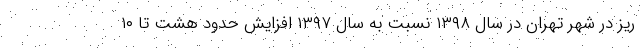
ریز در شهر تهران در سال ۱۳۹۸ نسبت به سال ۱۳۹۷ افزایش حدود هشت تا ۱۰